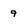
Character: 9